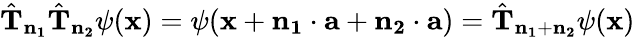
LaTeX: {\hat{\mathbf{T}}}_{\mathbf{n_{1}}}{\hat{\mathbf{T}}}_{\mathbf{n_{2}}}\psi(\mathbf{x})=\psi(\mathbf{x}+\mathbf{n_{1}}\cdot\mathbf{a}+\mathbf{n_{2}}\cdot\mathbf{a})={\hat{\mathbf{T}}}_{\mathbf{n_{1}}+\mathbf{n_{2}}}\psi(\mathbf{x})